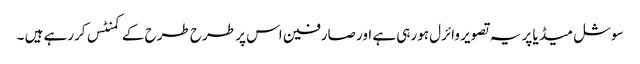
سوشل میڈ یا پر یہ تصویر وائرل ہورہی ہے اور صارفین اس پر طرح طرح کے کمنٹس کررہے ہیں ۔